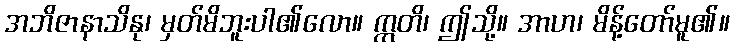
အဘိဇာနာသိနု၊ မှတ်မိဘူးပါ၏လော။ ဣတိ၊ ဤသို့။ အာဟ၊ မိန့်တော်မူ၏။